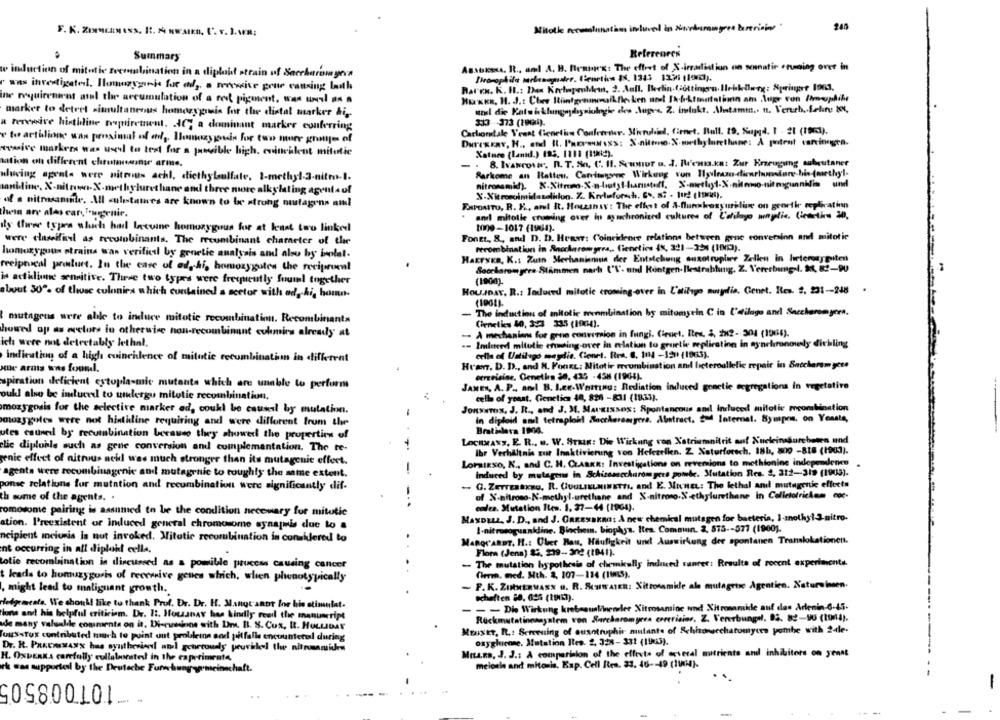
Mitolie necombinati
inlived in Nardamages barricas
Summary
References
Assoros. R ., and A. B. Braun's: The offret of X-irradiation on sennatir enuning over in
e induction of mitotic teemubination in a diplout strain uf Saccharismegera
r was investigated, Ilomnazygijs for ad, a secwise geur causing lash
ine requirement atal the accumulation of a rest pigment, was used as a
marker to detret simultaneous homozygousis for the distal marker hi ,.
a tervwave histidine proprement. AG, a dominant marker conferring
Carbondale Yeast Genelin Confverser. Microbial, Cirnet. Bull. 19. Suppd. I . 21 (1961).
e to arthlione wan proximal of end ,. Homozygousin for two more grym of
wwwive markers was usel to test for a posible high. coincilent mitotic
Kataro (land.) 185. 1111 (1984).
Mation on different chrumasse arms.
. 8. Ivatrower. R. T. Sn. C. Il. Scumut u. J. B'enia.kat Zur Erzeugung subcutaner
Parkome an Retten. Careimgone Wirkung von Iyleuzo-dienrhunstare his-(methyl.
Hlucing agents were nitrous achl, diethylsulfate, I-methyl-3-nitro-1.
tanifine, X-nitrivo-X-methylurethane and three more alkylating agentauf
of a nitrasamile. All ulistates are known to be strong mustagens ami
EHPONTO, R. K ., and R. Houzinsy: The effect of A-flungkexyuriline on georthe replication
hein are also car. Tweenie.
anil mitolle cruming over in synchronized cultures of L'etilayo moglie. Cemetku 20,
dy three types which had lacuine homozygous for at least two linked
1000-1017 (1164).
Fonet, &, and D. D. Heaxe: Coincidence relations between gene conversion and mitotic
were claseifeel as recombinants. The recombinant character of the
recombination in Anocharomyros ,. Cienetion (, 321 -- 324 (10).
hummuzygous strains was verificil by genetic analysis and also by ivolat-
Hakryka, K .: Zum Mechanismus der Entstehung ausotrupleer Zellen in heterozypiten
reeiptucal product. In the case of ed, hi, homozygotes the reciprocal
Saccharomyces Stimmen nach ('V- und Kontgen-Blestrabhuig. Z. Vererbung-l. $\, 82-9U
is actidione sensitive. These two types were freepeutly fuuml together
(1900)
about 30º. of those colonies which contained a scetor with ad, hi, homo-
Hou.IDar. R .: Induced mitotic croming-over in L'otiligo mydia. Genet. Res. 2. 231 -- 248
- The induction of mitolie menmbination by mitomycin C in L'ailogo and Saccharomyora.
mutagens arre alle to induce mitotic recombination. Recombinanta
Cienetics 40, 3:23 335 (1964).
.. À mechanisms for gone conversion in fungi. Cienet. Ites, 3, 2x2- 304 (1966).
howed op as rectors in otherwise non-recombinant culmins already at
ich were not detectably lethal.
.- Imlited mitulie eraing-over In relation to gruetle replication in aynchronoly dichling
indication of a high coincidence of mitotic recombination in different
celle of Uatilago meydie. Conrt. Brs. G. 1IN -120 (1963).
Hur arats wns found.
Hræn. D. D ., and M. Font: Mitotir mrcombination and licteroallelic repair in Saccharomyces
cerevisiae. Genethe 38, 435 -458 (1966).
spiration deficient cytoplasmic mutants which are unable to perform
JANEN, A. P ., and B. J.R.Wnitinu: Rediation induced gonetie segregations in vegetative
oukl also be induced to undergo mitotie recombination.
cells of yeast. Genetics 48, 824 -831 (18433).
mozygosis for the selective marker ed, coukl be caused by mutation.
JOHNSTON, J. R ., and J. 3. MAURINSes: Spontaneous anil Induced mitotic mcombination
muzygoles were not hintidine requiring and were different from the
In diploid om tetraplokl Sacchareargers. Abstract, god Internet. Sympos, on Yoaste,
utes caused by recumbination because they showed the properties of
LocItMASS, E. R ., w. W. STan: Die Wirkung von Natriumnitrit auf Nucleinssurebeten und
-
elic diploble such as gene conversion and complementation. The te-
Ihr Verhältnis zur Inaktivierung von Helezellen. Z. Naturforsch. 18b, 800 -818 (1963).
genic effect of nitrous acid was much stronger than its mutagenic effect.
LomaIsso, K ., and C. H. CLARKE: Investigations on reversions to methionine independence
agents were recombinagenie and mutagenic to roughly the same extent.
-
induced by mutages in Schizosaccharomyces pomde. Mutation Res. 2, 312-319 (1903).
onse relations fur mutation and recombination were significantly dif-
. G. Zerreasxny. R. GUGLIELMIwert, and E. MIHEL: The lethal and mutagenic effects
th sume of the agents. .
of X-nitroso-N-methyl-urethane and X-nitrono.S.ethylurethane in Colletotrickem coc.
-..
comosome pairing is assumed to be the condition necewary for mitutie
coca. Mutation Ites. 1. 37-44 (1904).
Maxouta. J. D ., and J. Garesakan: A new chemical mutagen for bacteria, I-methyl 3-nitro-
ation. P'reexistent or induced general chromosome synapmis due to a
I-nitrosoguankline. Biochem. biophys. Itea. Comoun. 2. 575 -- 577 (1900).
ncipient meiunis la nut invoked. Mitatic recombination in consklered to
MARQUARDT. H .: Ober Rau, Häufigkeit und Auswirkung der spontanen Translokationen.
nt occurring in att diploid cella.
Flor (Jena) 85. 239 -- 302 (1941).
- The mutation hypothesis of chemically induced santer: Results of recent experimente.
totie recombination is discussed as a pomible process causing cancer
Cherm. med. Mth. 2, 107-114 (1815).
leads to homuzygoris of receive genes which, when plusotypically
- F.K. ZIMMERwass . R. SCHWATER: Sitronamide ala mutagrise Agentien. Naturebeen.
, might lead to malignant growth.
schaften 88. 625 (19123).
Hedgements. We should like to thank Prof. Dr. Dr. H. Mangt anor lor his stimulat.
- - - Die Wirkung krebseunlinender Xitosamine und Xitrosamide auf den Arlenin-6-45-
ions and his helpful criticism. De. 12. Howsanay has kindly read the manuscript
Rückmutationssystem von Surcharomyres carerisior. Z. Vererbungil, 83. 82-90 (2014).
de many valuable comments on it. Di-cvedone with Dr. B. S. Cox, R. HOLLIDAY
MEuser, R .: Screening of ousotruphir mutante of Schhorsechatomyers pombe with 24le.
Tous Tux contributed much to point unt probleme and pitfalls encountered during
oxyglicone. Mutation Iles. 2. 328-331 (1943).
Dr. R. PREcosasx has synthevient amel genreoudy provided the nitrosamiden
Mus.na, J. J .: A comparison of the effects of several mitrients and inhibitors on yenat
H. ONDERKA carefully cullabestest in the capetimeata,
ck can supportel by the Deutsche Furn hung-gemeinschaft.
melodie and mitonis. Exp. Cell Bes. 33. 46 -- 49 (114).
101008505
-
- -
-